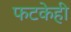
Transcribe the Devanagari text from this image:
फटकेही